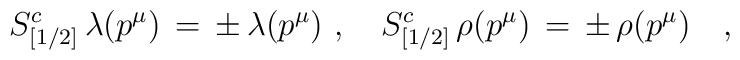
S^c_{[1/2]}\,\lambda(p^\mu)\,=\,\pm\,\lambda(p^\mu)\,\,,\quad S^c_{[1/2]}\,\rho(p^\mu)\,=\,\pm\,\rho(p^\mu)\quad,